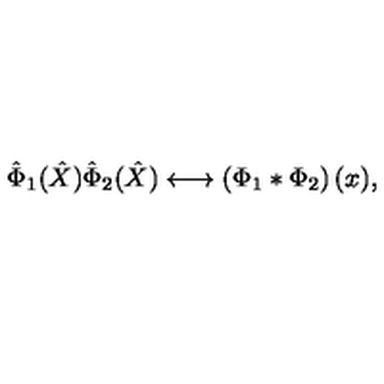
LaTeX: \hat { \Phi } _ { 1 } ( \hat { X } ) \hat { \Phi } _ { 2 } ( \hat { X } ) \longleftrightarrow \left( \Phi _ { 1 } * \Phi _ { 2 } \right) ( x ) ,